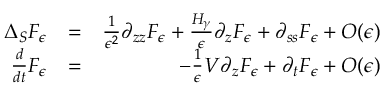
\begin{array} { r l r } { \Delta _ { \cal { S } } F _ { \epsilon } } & { = } & { \frac { 1 } { \epsilon ^ { 2 } } \partial _ { z z } F _ { \epsilon } + \frac { { \cal { H } } _ { \gamma } } { \epsilon } \partial _ { z } F _ { \epsilon } + \partial _ { s s } F _ { \epsilon } + O ( \epsilon ) } \\ { \frac { d } { d t } F _ { \epsilon } } & { = } & { - \frac { 1 } { \epsilon } { \cal { V } } \partial _ { z } F _ { \epsilon } + \partial _ { t } F _ { \epsilon } + O ( \epsilon ) } \end{array}